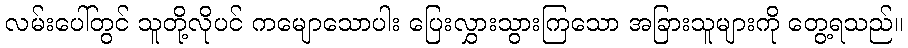
လမ်းပေါ်တွင် သူတို့လိုပင် ကမျောသောပါး ပြေးလွှားသွားကြသော အခြားသူများကို တွေ့ရသည်။